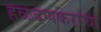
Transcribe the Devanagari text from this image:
हळदणकरांचा